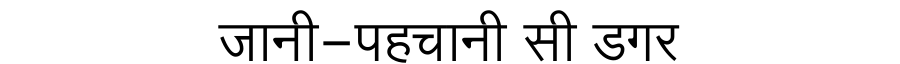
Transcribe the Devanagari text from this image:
जानी-पहचानी सी डगर